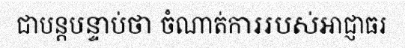
ជាបន្តបន្ទាប់ថា ចំណាត់ការរបស់អាជ្ញាធរ